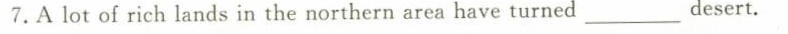
7.A lot of rich lands in the northern area have turned_desert.